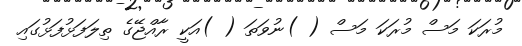
މުރަކަ މަސް މުރަކަ މަސް ( )ނުވަތަ ( )އަކީ ރާއްޖޭގެ ތިލަފަޅުފަޅުގައި